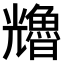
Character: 𠓑